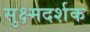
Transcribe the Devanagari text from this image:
सुक्ष्मदर्शक